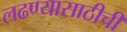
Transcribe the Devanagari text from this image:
लढण्यासाठीची